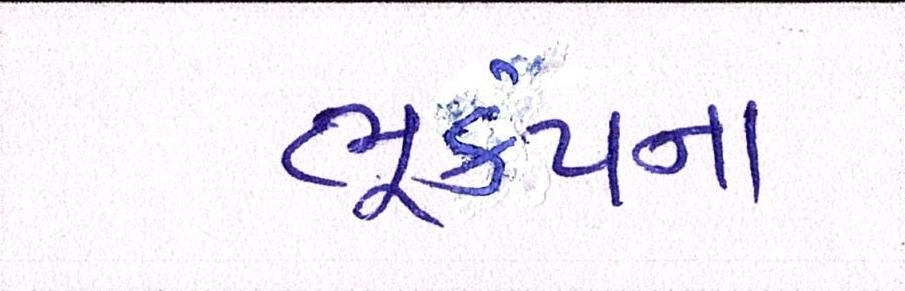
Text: ભૂકંપના